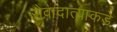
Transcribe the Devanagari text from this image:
सेवादात्याकडे